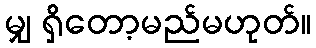
မျှ ရှိတော့မည်မဟုတ်။